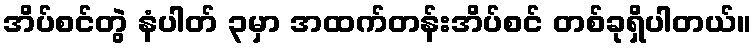
အိပ်စင်တွဲ နံပါတ် ၃မှာ အထက်တန်းအိပ်စင် တစ်ခုရှိပါတယ်။